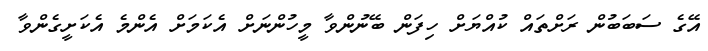
އޭގެ ސަބަބުން ރަށްތައް ކުއްޔަށް ހިފަން ބޭނުންވާ މީހުންނަށް އެކަމަށް އެންމެ އެކަށީގެންވާ